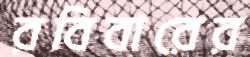
রবিবারের